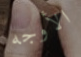
الأوجه